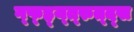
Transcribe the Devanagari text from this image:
ग्फ्ह्य्त्रुत्द्स